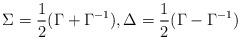
LaTeX: \begin{align*}\Sigma = \frac{1}{2} (\Gamma + \Gamma^{-1} ), \Delta = \frac{1}{2} (\Gamma - \Gamma^{-1}) \end{align*}